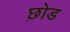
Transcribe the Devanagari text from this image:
छ़ोड